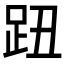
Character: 𧿔